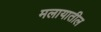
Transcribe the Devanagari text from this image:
मलायातील